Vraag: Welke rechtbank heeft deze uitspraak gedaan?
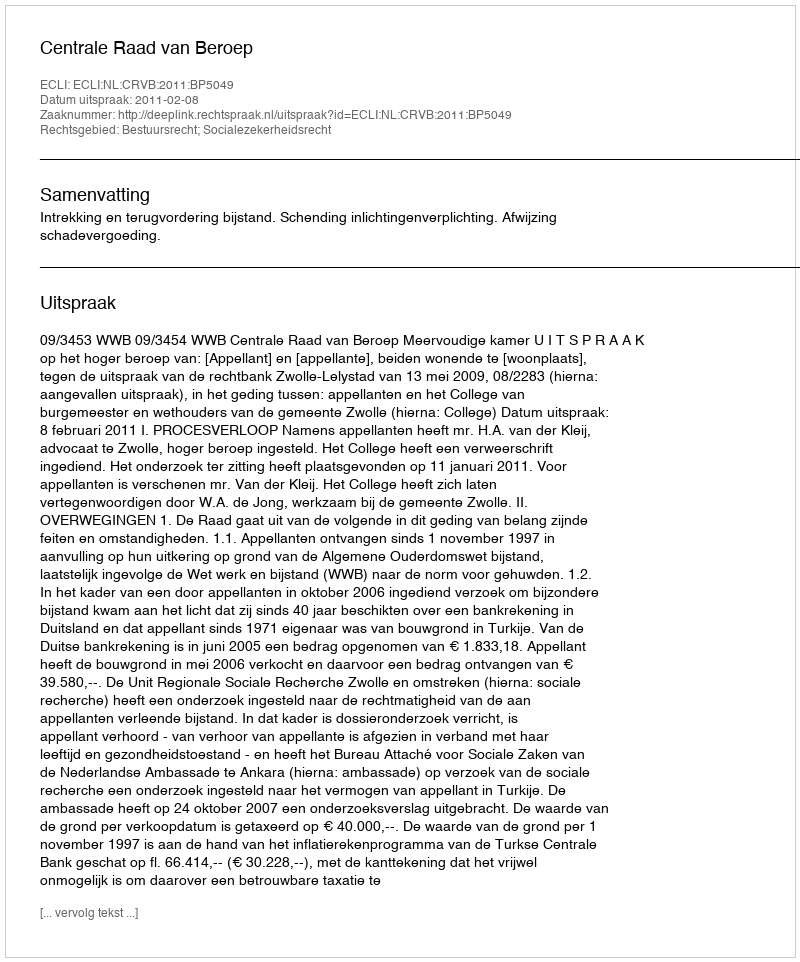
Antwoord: Centrale Raad van Beroep